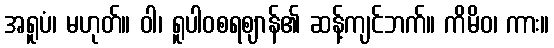
အရူပံ၊ မဟုတ်။ ဝါ၊ ရူပါဝစရဈာန်၏ ဆန့်ကျင်ဘက်။ ကိမိဝ၊ ကား။